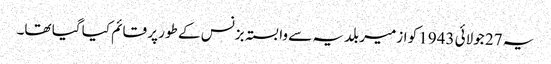
یہ 27 جولائی 1943 کو ازمیر بلدیہ سے وابستہ بزنس کے طور پر قائم کیا گیا تھا۔